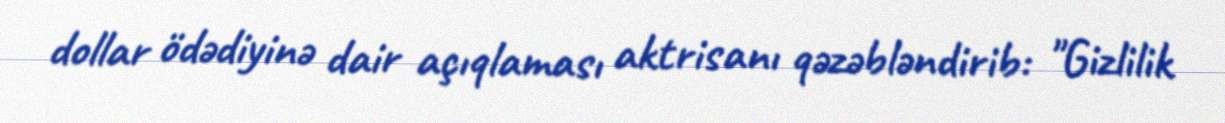
dollar ödədiyinə dair açıqlaması aktrisanı qəzəbləndirib: "Gizlilik